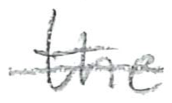
Text: the
Cross-out: single-line
Writing tool: pencil